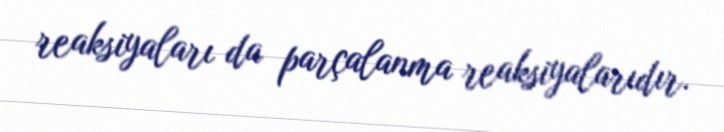
reaksiyaları da parçalanma reaksiyalarıdır.